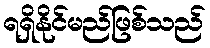
ရရှိနိုင်မည်ဖြစ်သည်